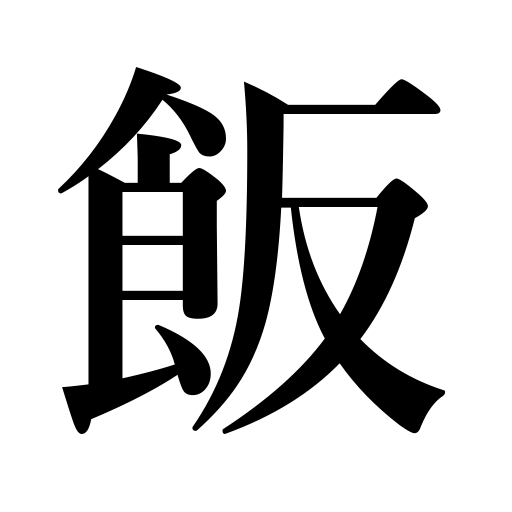
Meanings: cooked rice,food,livelihood,meal